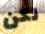
لكن